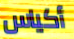
أكياس